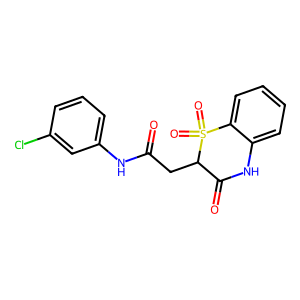
SMILES: O=C(CC1C(=O)Nc2ccccc2S1(=O)=O)Nc1cccc(Cl)c1
Inhibits HIV replication: No